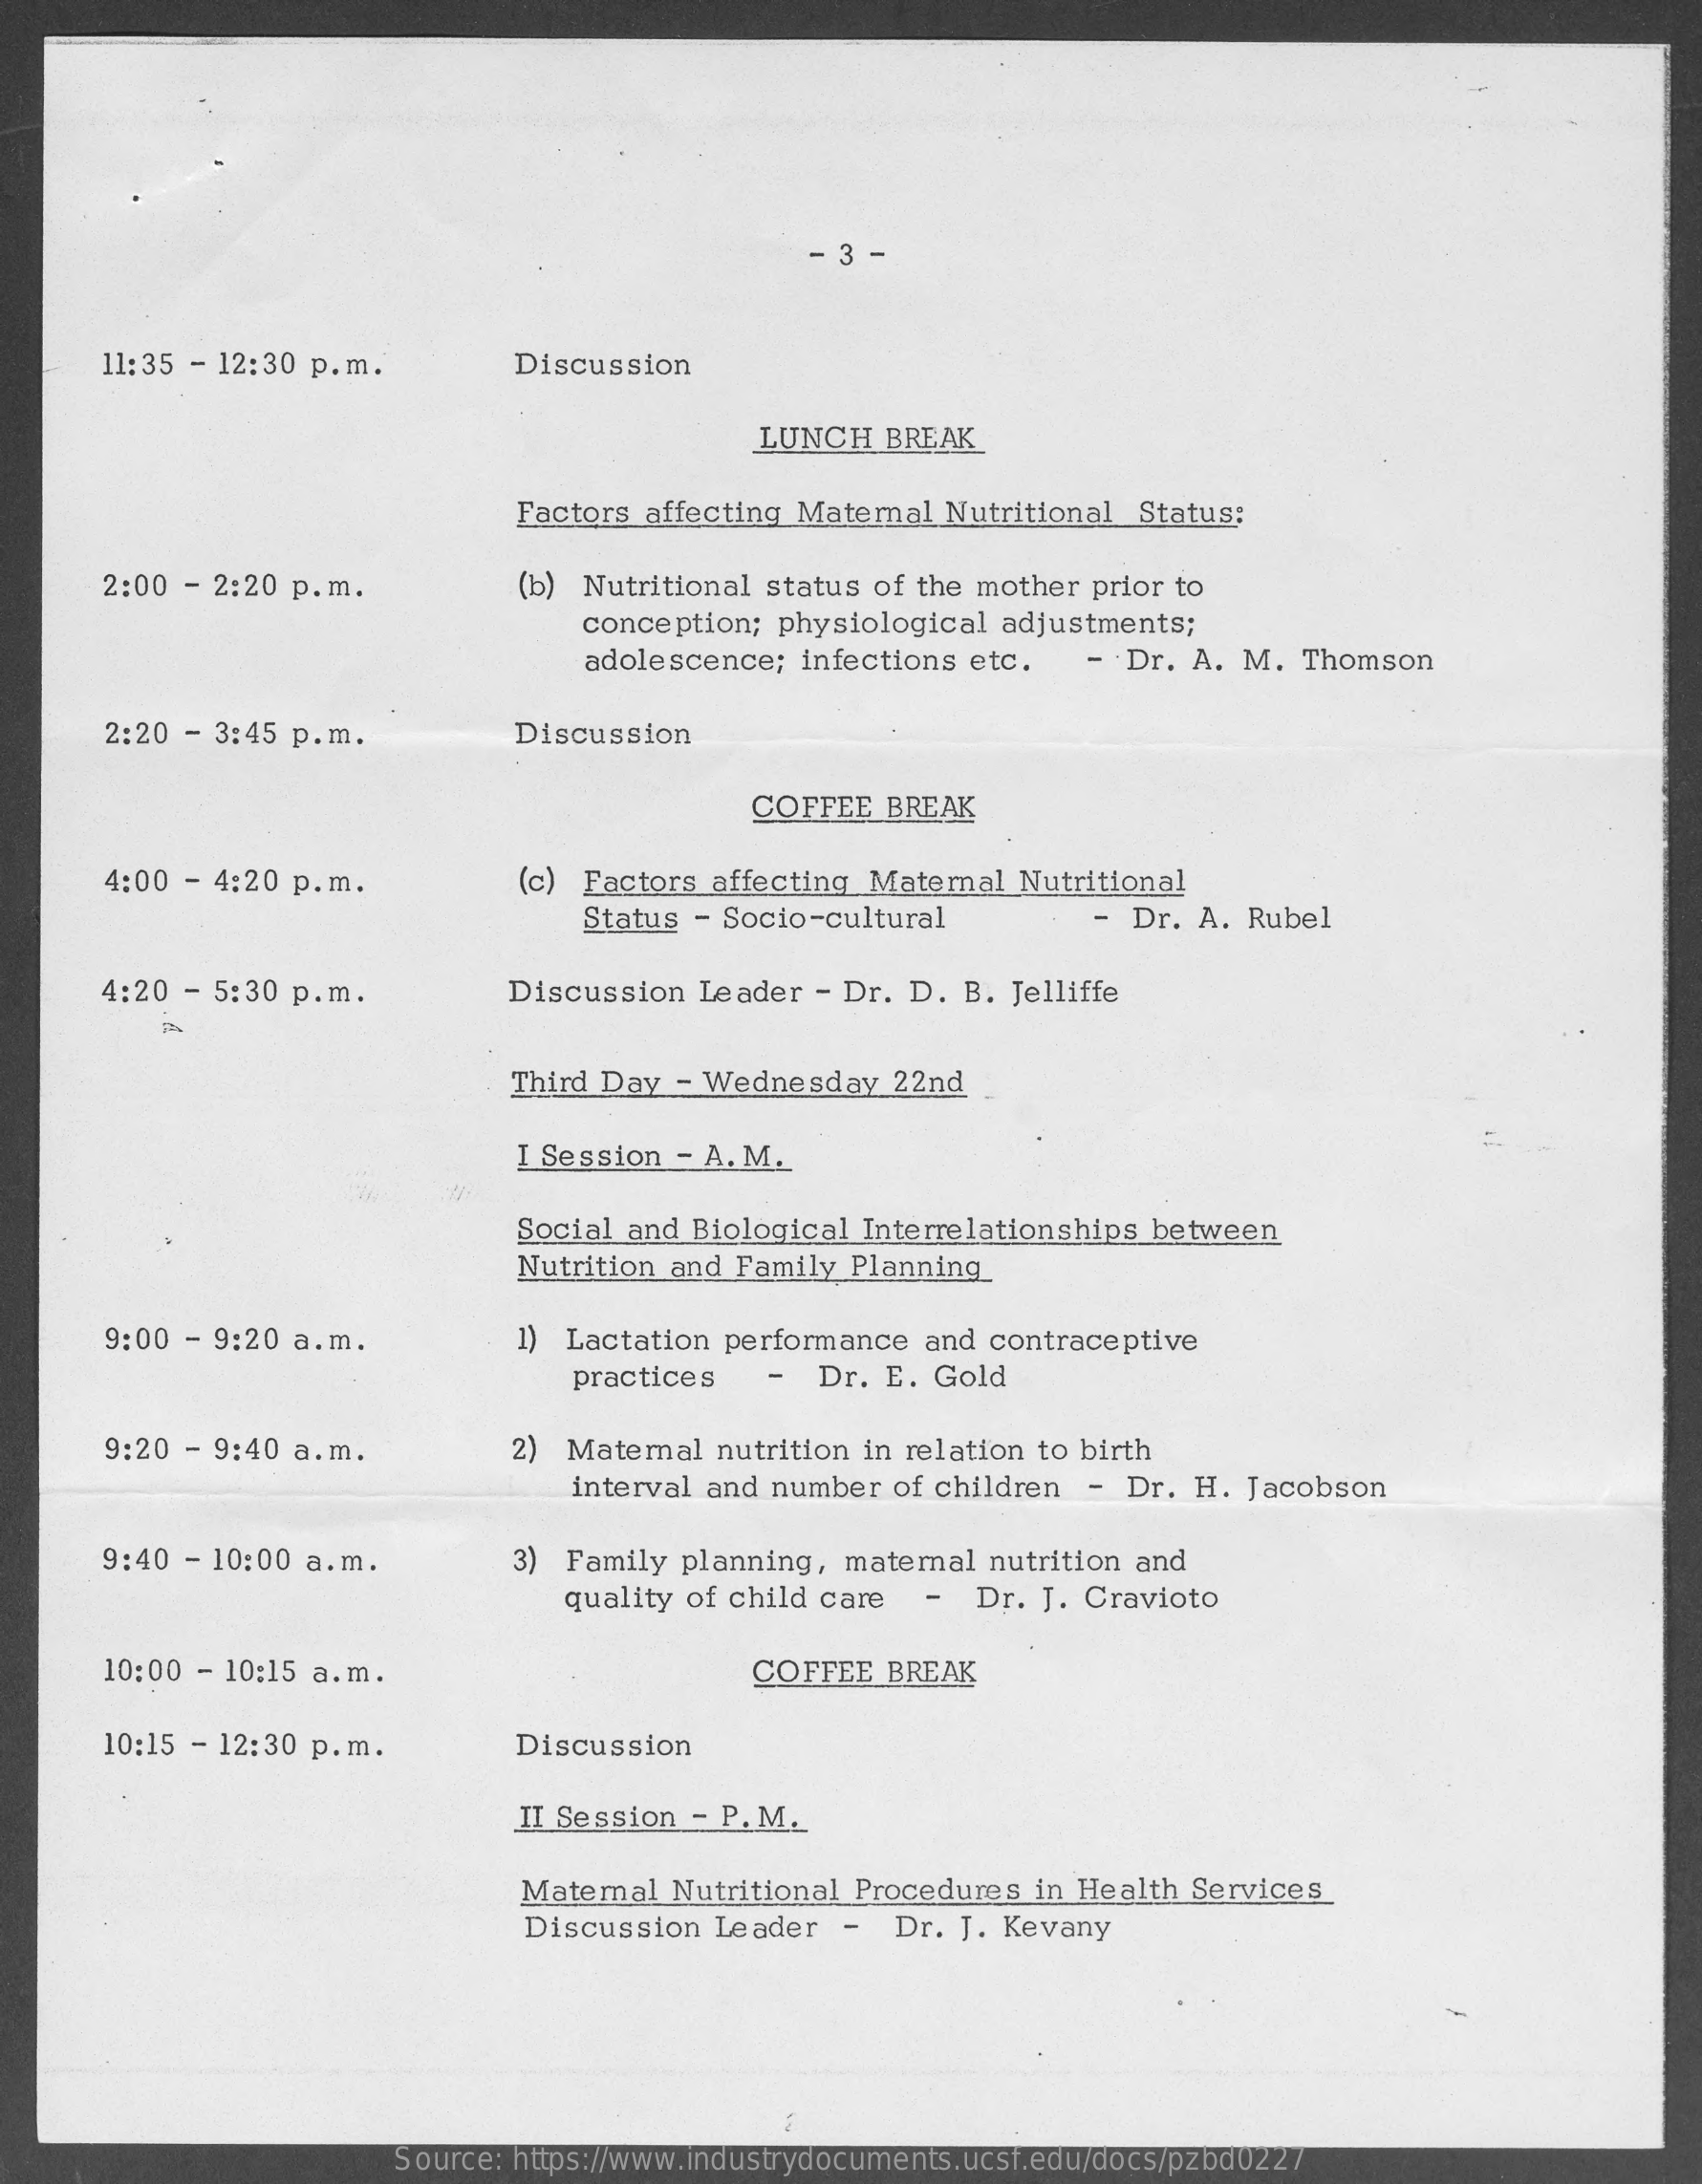
11:35 - 12:30 p.m.    Discussion
     LUNCH   BREAK
     Factors affecting Maternal Nutritional  Status:
     2:00 - 2:20 p.m.    (b) Nutritional status of the mother prior to
     conception; physiological  adjustments;
     adolescence;  infections etc.   -  Dr. A. M.  Thomson
     2:20 - 3:45 p.m.    Discussion
     COFFEE  BREAK
     4:00 - 4:20 p.m.    (c) Factors affecting Maternal  Nutritional
     Status - Socio-cultural    - Dr.  A. Rubel
     4:20 - 5:30 p.m.    Discussion  Leader  - Dr. D. B. Jelliffe
     Third Day  - Wednesday   22nd
     I Session - A. M.
     Social and Biological Interrelationships between
     Nutrition and Family Planning
     9:00 - 9:20 a.m.    1) Lactation performance  and contraceptive
     practices    -  Dr. E. Gold
     9:20 - 9:40 a.m.    2) Maternal nutrition in relation to birth
     interval and number  of children  - Dr. H.  Jacobson
     9:40 - 10:00 a.m.    3) Family planning,  maternal nutrition and
     quality of child care  -  Dr.  J. Cravioto
     10:00 - 10:15 a.m.    COFFEE  BREAK
     10:15 - 12:30 p.m.    Discussion
     II Session - P. M.
     Matemal   Nutritional Procedures in Health Services
     Discussion  Leader   -  Dr. J. Kevany
     Source: https://www.industrydocuments.ucsf.edu/docs/pzbd0227